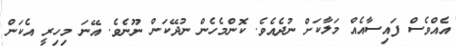
އެއްވެސް ފައިސާއެއް މަލާކަށް ނުދެއެވެ. ކޮންމެހެން ނުދޭކަން ނޫނެވެ. އޭނަ މިހިރީ އެކަން